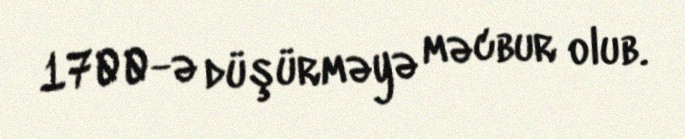
1700-ə düşürməyə məcbur olub.